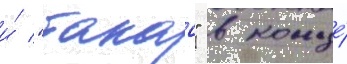
и́ "такао" в конце́